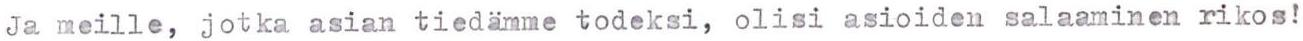
Ja meille, jotka asian tiedämme todeksi, olisi asioiden salaaminen rikos!